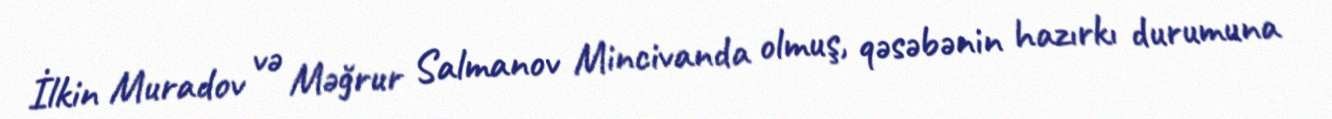
İlkin Muradov və Məğrur Salmanov Mincivanda olmuş, qəsəbənin hazırkı durumuna